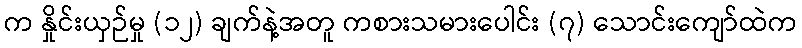
က နှိုင်းယှဉ်မှု (၁၂) ချက်နဲ့အတူ ကစားသမားပေါင်း (၇) သောင်းကျော်ထဲက